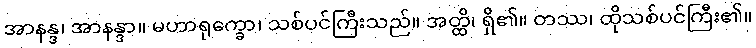
အာနန္ဒ၊ အာနန္ဒာ။ မဟာရုက္ခော၊ သစ်ပင်ကြီးသည်။ အတ္ထိ၊ ရှိ၏။ တဿ၊ ထိုသစ်ပင်ကြီး၏။